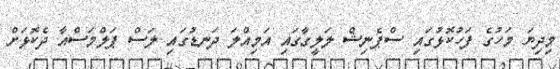
މިދިޔަ މަހުގެ ފަހުކޮޅުގައި ސްޕެނިޝް ލަލީގާގައި އަމިއްލަ ދަނޑުގައި ލަސް ޕަލްމަސްއާ ދެކޮޅަށް